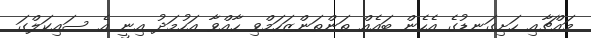
މައްޗާއި ހަށިގަނޑުގެ އެހެން ބައެއް ތަންތަންޒަހަމްވި ހާއްވާ އަހުމަދު އިނީ އެ ސައިކަލްގަ